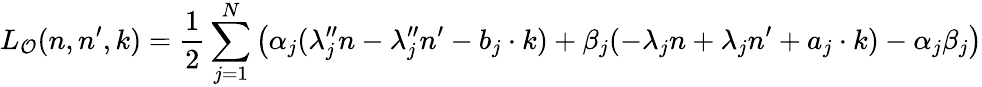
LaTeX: L_{\mathcal O}(n,n^{\prime},k)=\frac{1}{2}\sum_{j=1}^{N}\big(\alpha_{j}(\lambda_{j}^{\prime\prime}n-\lambda_{j}^{\prime\prime}n^{\prime}-b_{j}\cdot k)+\beta_{j}(-\lambda_{j}n+\lambda_{j}n^{\prime}+a_{j}\cdot k)-\alpha_{j}\beta_{j}\big)